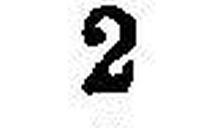
2